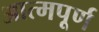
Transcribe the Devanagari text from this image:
आत्मपूर्ण